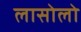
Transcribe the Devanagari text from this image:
लासोलो